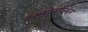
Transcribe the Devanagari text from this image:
कास्मोलॉजिकल